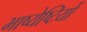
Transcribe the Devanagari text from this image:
भाष्येष्टियों